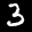
Label: 3